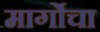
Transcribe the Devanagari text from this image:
मार्गोचा